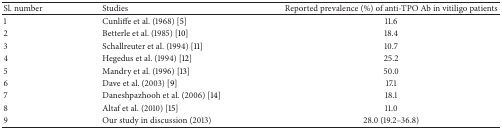
| Sl. number | Studies | Reported prevalence (%) of anti-TPO Ab in vitiligo patients |
 | --- | --- | --- |
 | 1 | Cunliffe et al. (1968) [5] | 11.6 |
 | 2 | Betterle et al. (1985) [10] | 18.4 |
 | 3 | Schallreuter et al. (1994) [11] | 10.7 |
 | 4 | Hegedus et al. (1994) [12] | 25.2 |
 | 5 | Mandry et al. (1996) [13] | 50.0 |
 | 6 | Dave et al. (2003) [9] | 17.1 |
 | 7 | Daneshpazhooh et al. (2006) [14] | 18.1 |
 | 8 | Altaf et al. (2010) [15] | 11.0 |
 | 9 | Our study in discussion (2013) | 28.0 (19.2–36.8) |